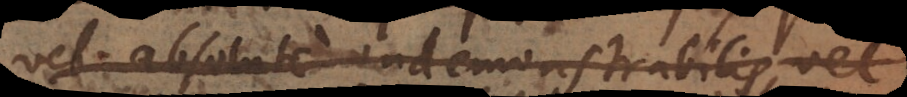
vel absolute indemonstrabilis, vel